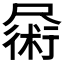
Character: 𪨜